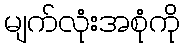
မျက်လုံးအစုံကို